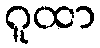
ဂူထာ